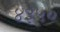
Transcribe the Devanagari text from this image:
४३५०